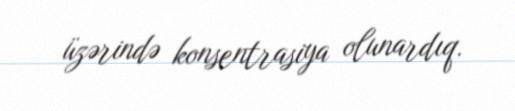
üzərində konsentrasiya olunardıq.